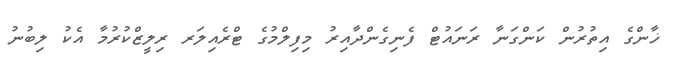
ޚާންގެ އިތުރުން ކަންގަނާ ރަނައުޓް ފެނިގެންދާއިރު މިފިލްމުގެ ޓްރެއިލަރ ރިލީޒްކުރުމާ އެކު ލިބުނު